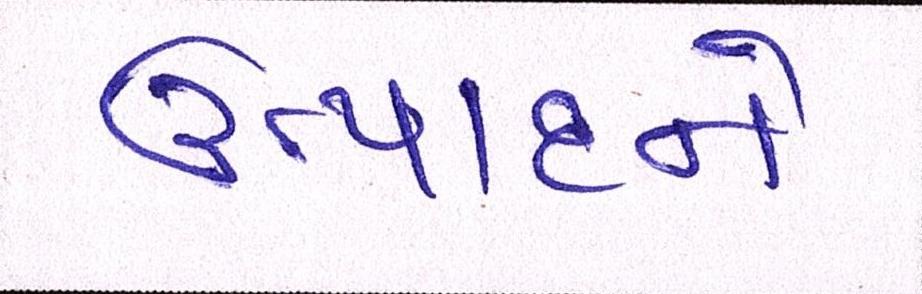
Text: ઉત્પાદને